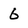
Character: 6